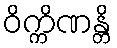
ဝိက္ကိဏန္တိ